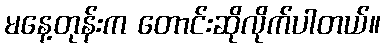
မနေ့တုန်းက တောင်းဆိုလိုက်ပါတယ်။